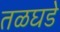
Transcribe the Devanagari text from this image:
तळघडे